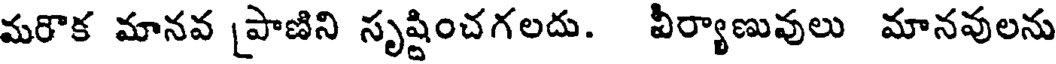
మరొక మానవ ప్రాణిని సృష్టించగలదు. వీర్యాణువులు మానవులను